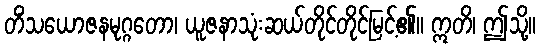
တိံသယောဇနမုဂ္ဂတော၊ ယူဇနာသုံးဆယ်တိုင်တိုင်မြင့်၏။ ဣတိ၊ ဤသို့။